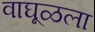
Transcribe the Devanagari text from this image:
वाघूळला